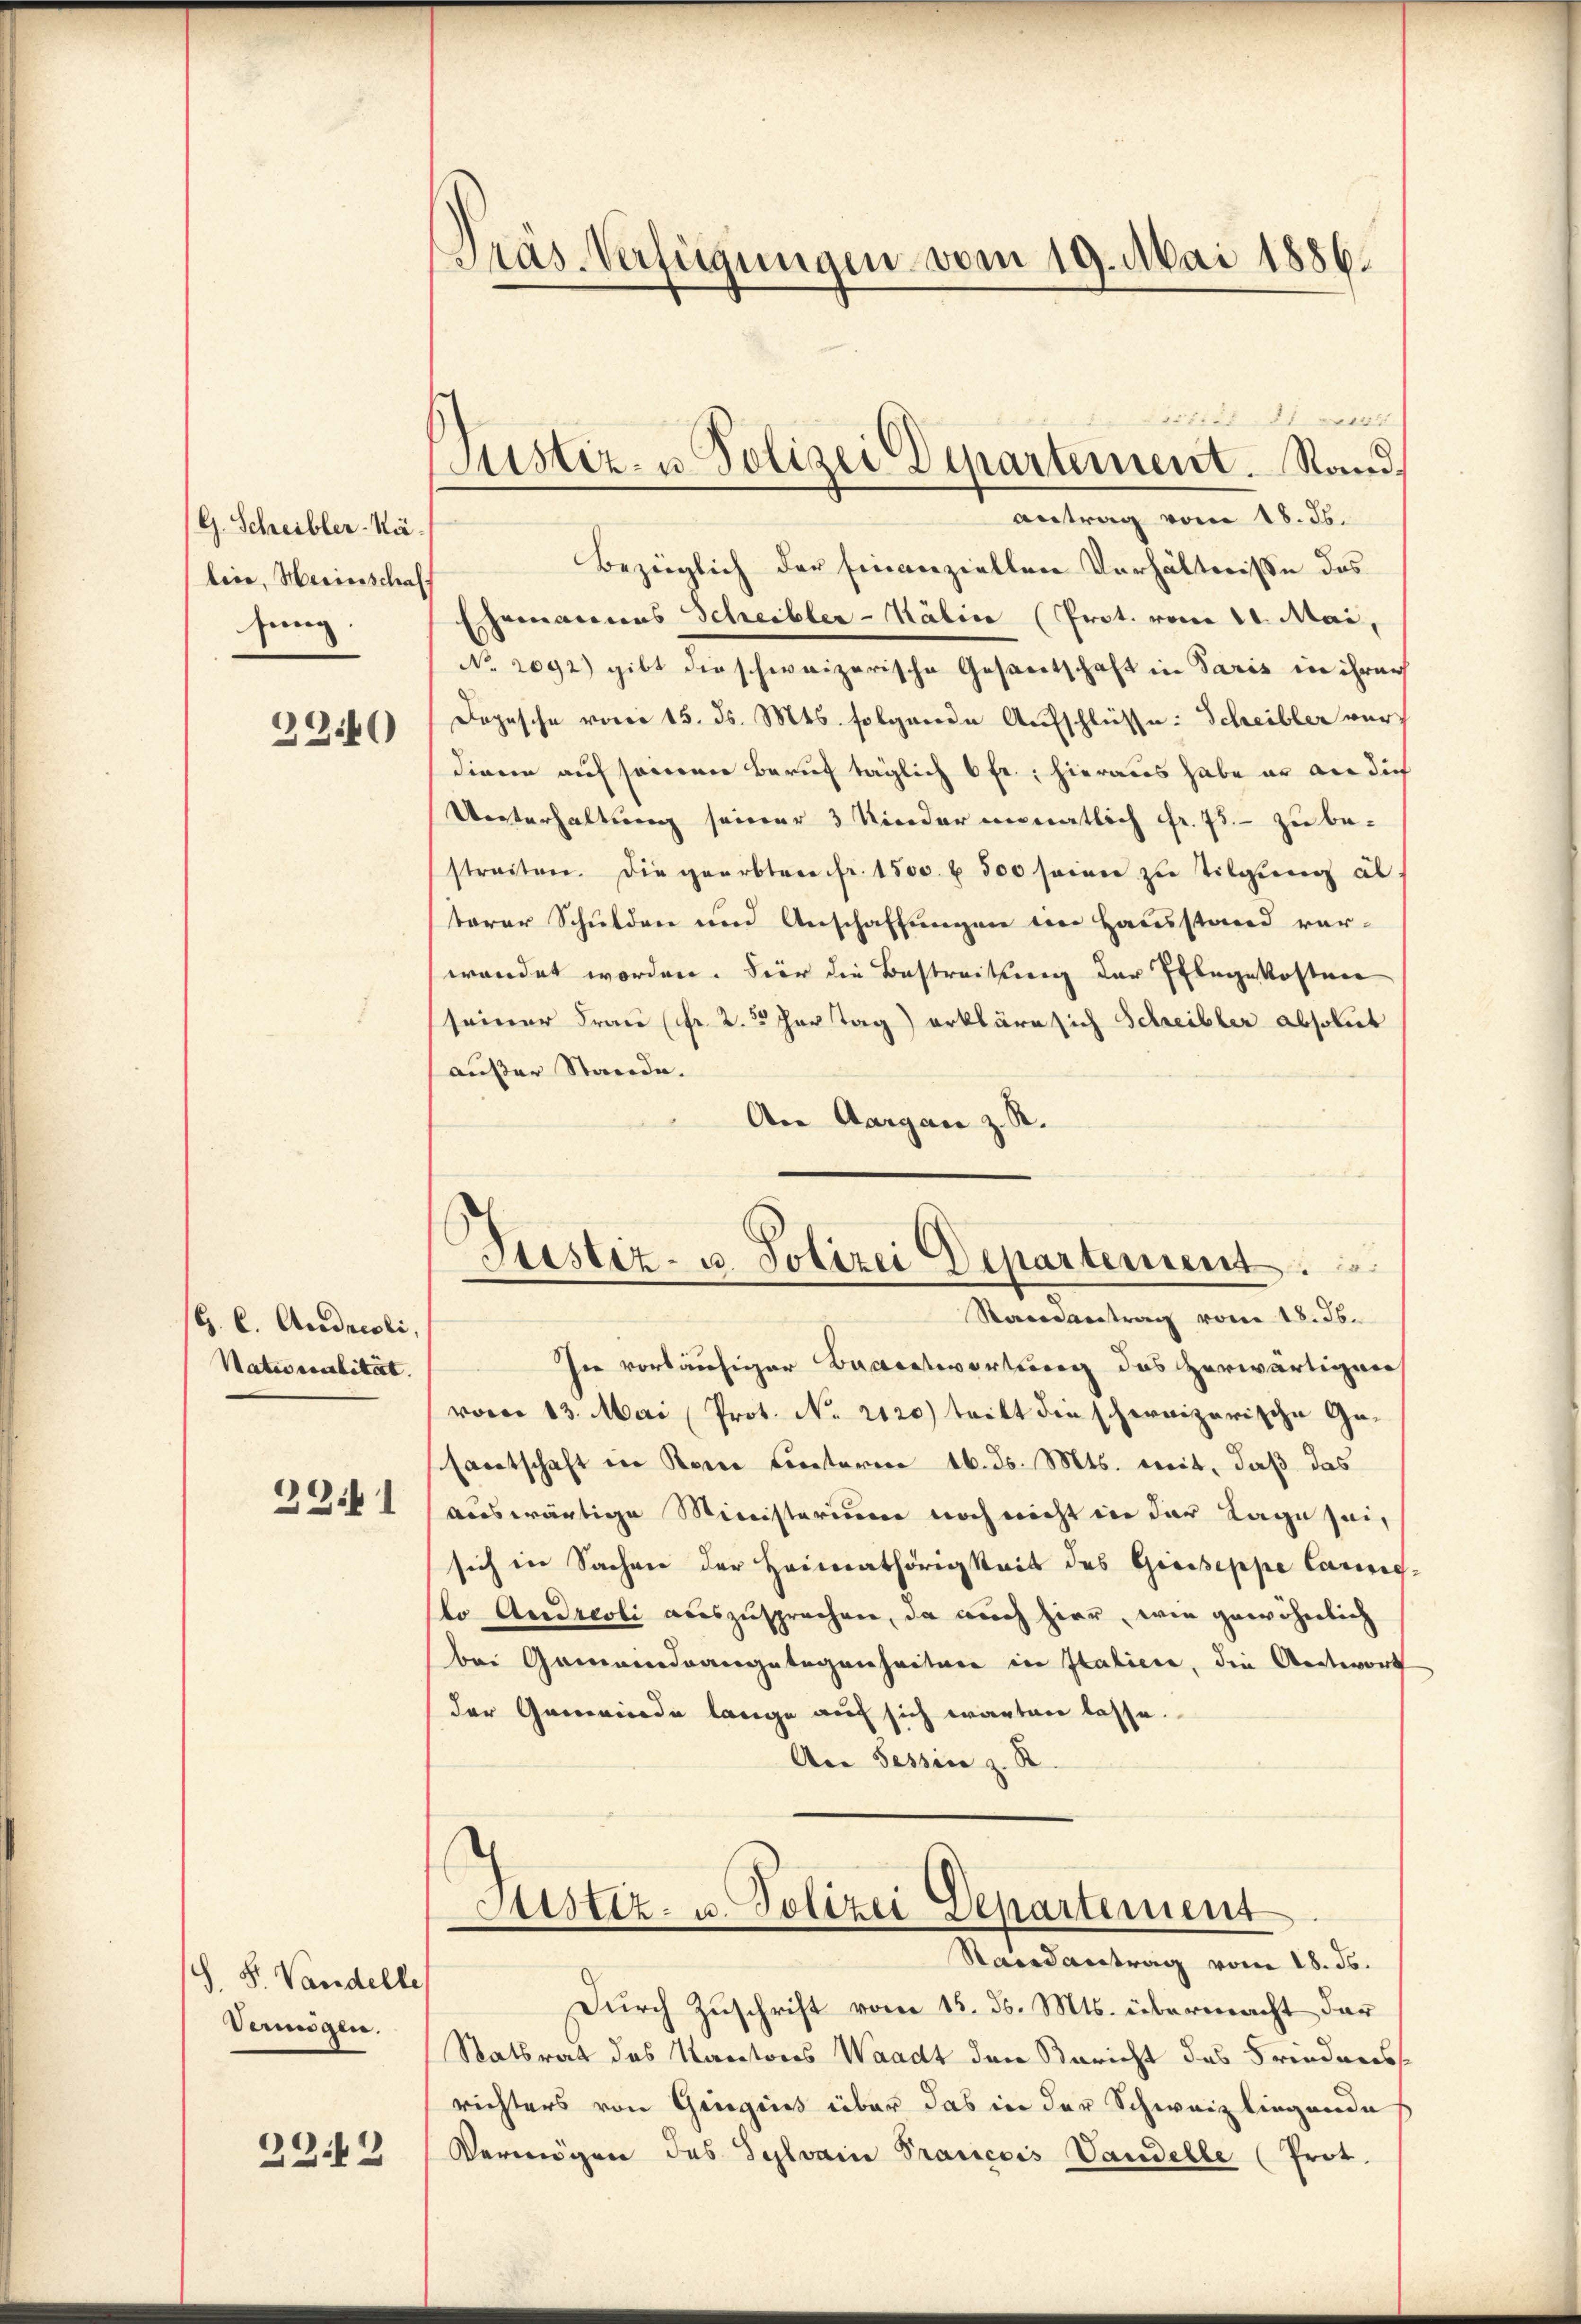
G. Schreibler-Näbiie, Herinschaff
sung.

3940

G. C. Andreoli,
Nationalität
32. 1

S. S. Vandelte
Dennögen.

2242

Pras-Verfügungen vom 19. Mai 1886.

Justiz- u Polizei Departement. Stand,
antrag vom 18. ds.

vitiert wer
Bezüglich der finanziellen Verhältnisse des
Ehemannes Scheibler-Kälin (Prot. vom 11. Mai,
No. 2092) gibt die schweizerische Gestertschaft in Paris in ihrer
Dopesche vom 15. ds. Mts. folgende Aufschlüsse: Scheibler verdiren auf seinerer Beruf täglich 6 fr.; hieraus habe er an dich
Unterhaltung seiner 3 Kinder monatlich Fr. 75. - zu bestreiten. Die geerbten fr. 1500. u 300 seien zu tilgung al
terer Schulden und Anschaffungen im Hausstand ver-
wendet worden. Für die Bestreitung der Pflegekosten
seiner Frau (fr. 2. 5 der Tag) erkläre sich Schreibler absolut
außer Stande.
An Aargau z. R.
Justiz- u. Polizei Departement
Randantrag vom 18. ds.
In vorläufiger Beantwortung das herwärtiger
vom 13. Mai (Prot. No. 2120) tritt die schereizerische Gesantschaft in Reue Crectoren 16. ds. Mts. mit, daß das
auswärtige Ministerium noch nicht in der Lage sei,
sich in Sachen der Heimathörigkeit des Greiseppe Cannis-
lo Andreoli auszusprechen, da auch hier, wie gewöhnlich
bei Gemeindrangelegenheitere in Italiere, die Antwort
der Gemeinde lange auf sich warten lasse.
An Tessin z. R.

Stistiz- u. Polizei Departement
Randantrag vom 18. ds.

Durch Zuschrift vom 15. ds. Mts. übermacht der
Statsrat des Kantons Waadt den Bericht das Friederes
richters von Gingins über das in der Schweiz liegende
Vermögen des Sylvain Prancois Vandelle (Prot.